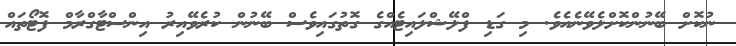
ނުކޮށް ބޭނުންކޮށްލެވޭނެއެވެ. މި ގަޑި ފްލޭޝްލައިޓެއްގެ ގޮތުގައިވެސް ބޭނުން ކުރެވޭއިރު އިންސްޓާގްރާމް ފޮޓޯތައް